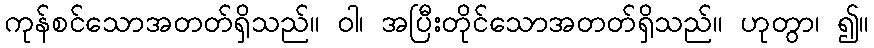
ကုန်စင်သောအတတ်ရှိသည်။ ဝါ၊ အပြီးတိုင်သောအတတ်ရှိသည်။ ဟုတွာ၊ ၍။